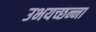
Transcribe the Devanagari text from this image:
उभयच्छन्ना